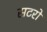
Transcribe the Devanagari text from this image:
सटरों